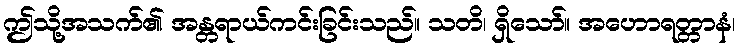
ဤသို့အသက်၏ အန္တရာယ်ကင်းခြင်းသည်။ သတိ၊ ရှိသော်။ အဟောရတ္တာနံ၊